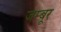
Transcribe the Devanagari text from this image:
जम्बूर